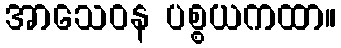
အာသေဝန ပစ္စယကထာ။